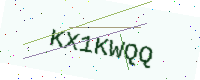
Text: KX1KWQQ